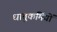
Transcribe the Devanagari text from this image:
धातुकर्मियों